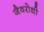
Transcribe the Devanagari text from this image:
जैवरोधी